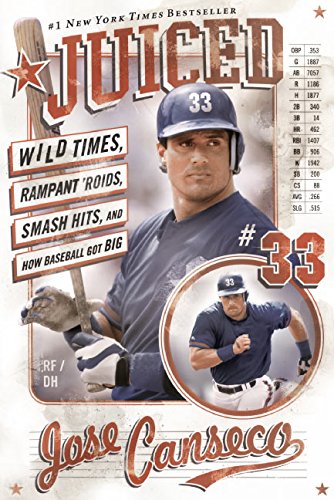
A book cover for Juiced: Wild Times, Rampant 'Roids, Smash Hits, and How Baseball Got Big; Jose Canseco; Biographies & Memoirs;